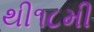
થી૧૮મી